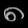
Digit: ၈